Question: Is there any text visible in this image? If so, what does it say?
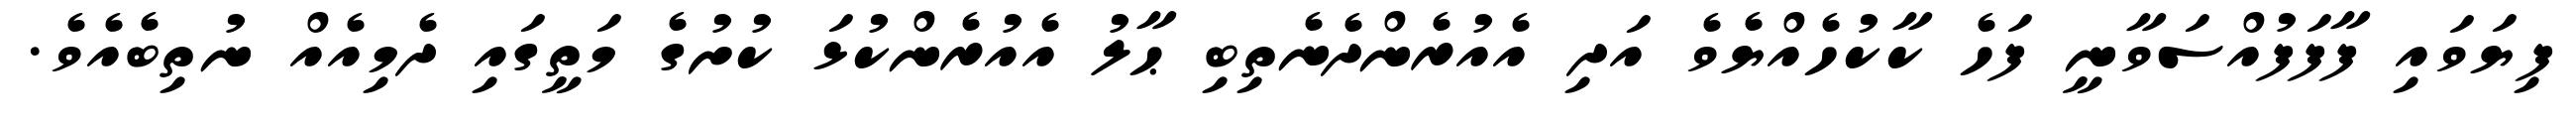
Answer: ފިޔަވައި ފާފަފުއްސަވާނީ ފަހެ ކާކުހެއްޔެވެ އަދި އެއުރެންދެނެތިބި ޙާލު އެއުރެންކުޅަ ކުށުގެ މަތީގައި ދެމިއެއް ނުތިބެއެވެ.